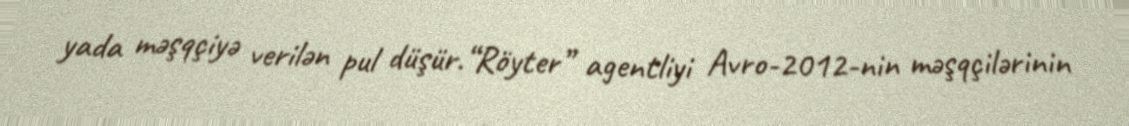
yada məşqçiyə verilən pul düşür.“Röyter” agentliyi Avro-2012-nin məşqçilərinin